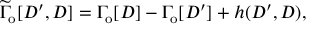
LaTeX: \widetilde { \Gamma } _ { \mathrm { o } } [ { \cal D } ^ { \prime } , { \cal D } ] = \Gamma _ { \mathrm { o } } [ { \cal D } ] - \Gamma _ { \mathrm { o } } [ { \cal D } ^ { \prime } ] + h ( { \cal D } ^ { \prime } , { \cal D } ) ,